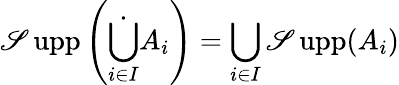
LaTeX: \operatorname{\mathscr{S}upp}\left({\dot{{\bigcup_{i\in{I}}}}}A_{i}\right)=\bigcup_{i\in{I}}\operatorname{\mathscr{S}upp}(A_{i})